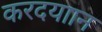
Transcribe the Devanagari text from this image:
करदयाान